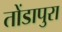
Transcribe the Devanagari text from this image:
तोंडापुरा